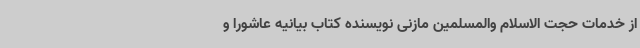
از خدمات حجت الاسلام والمسلمین مازنی نویسنده کتاب بیانیه عاشورا و